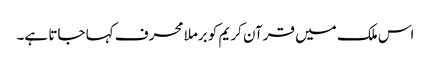
اس ملک میں قرآن کریم کو برملا محرف کہا جاتا ہے۔